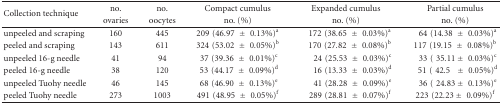
| <ROWSPAN=2> Collection technique | no. | no. | Compact cumulus | Expanded cumulus | Partial cumulus |
 | ovaries | oocytes | no. (%) | no. (%) | no. (%) |
 | --- | --- | --- | --- | --- | --- |
 | unpeeled and scraping | 160 | 445 | 209 (46.97 ± 0.13%)a | 172 (38.65 ± 0.03%)a | 64 (14.38 ± 0.03%)a |
 | peeled and scraping | 143 | 611 | 324 (53.02 ± 0.05%)b | 170 (27.82 ± 0.08%)b | 117 (19.15 ± 0.08%)b |
 | unpeeled 16-g needle | 41 | 94 | 37 (39.36 ± 0.01%)c | 24 (25.53 ± 0.03%)c | 33 ( 35.11 ± 0.03%)c |
 | peeled 16-g needle | 38 | 120 | 53 (44.17 ± 0.09%)d | 16 (13.33 ± 0.03%)d | 51 ( 42.5 ± 0.05%)d |
 | unpeeled Tuohy needle | 46 | 145 | 68 (46.90 ± 0.13%)e | 41 (28.28 ± 0.09%)e | 36 ( 24.83 ± 0.13%)e |
 | peeled Tuohy needle | 273 | 1003 | 491 (48.95 ± 0.05%)f | 289 (28.81 ± 0.07%)f | 223 (22.23 ± 0.09%)f |